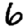
Digit: 6